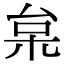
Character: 枲